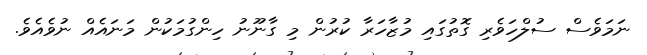
ނަމަވެސް ސުލްހަވެރި ގޮތުގައި މުޒާހަރާ ކުރުން މި ގާނޫނު ހިންގުމަކުން މަނައެއް ނުވެއެވެ.